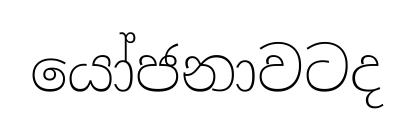
යෝජනාවටද